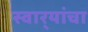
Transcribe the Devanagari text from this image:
स्वार्‍यांचा